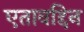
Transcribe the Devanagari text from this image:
एतावद्दिन